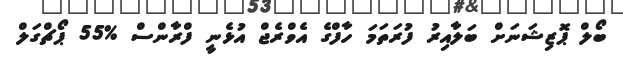
ބޯލް ޕޮޒިޝަނަށް ބަލާއިރު ފުރަތަމަ ހާފްގެ އެވްރެޖް އުޅެނީ ފްރާންސް %55 ޕޯޗްގަލް